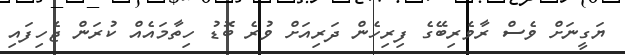
ޔަގީނަށް ވެސް ރާވެރިބޭގެ ފިރިހެން ދަރިއަށް ވުރެ ބޮޑު ހިތާމައެއް ކުރަން ޖެހިފައި